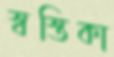
স্বস্তিকা